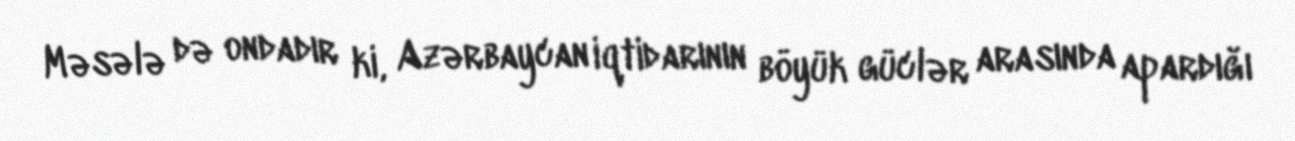
Məsələ də ondadır ki, Azərbaycan iqtidarının böyük güclər arasında apardığı